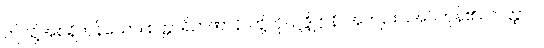
ဤသို့အစရှိကုန်သော။ စတ္တာရိဉာဏာနိ၊ တို့ကို။ ဥဒ္ဒိဋ္ဌာနိ၊ အကျဉ်းပြအပ်ကုန်၏။ တတ္ထာပိ၊